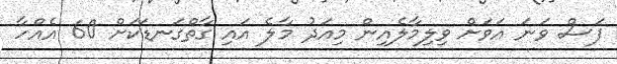
ފަސް ވަނަ އަވަށް ވިލިމާލެއިން މިއަދު މާލެ އައި ގާތްގަނޑަކަށް 60 އެއްހާ